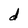
Character: d